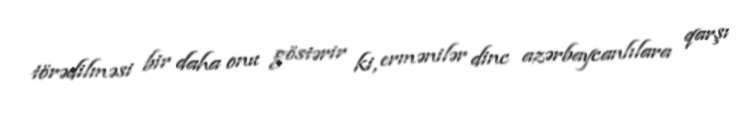
törədilməsi bir daha onu göstərir ki, ermənilər dinc azərbaycanlılara qarşı